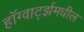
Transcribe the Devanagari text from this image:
हॉग्वार्ट्झमधील